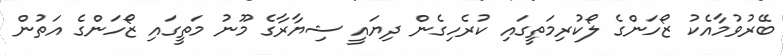
ބޭރުވުމާއެކު ޒޯހަންގެ ލޯކުރިމަތީގައި ކުރެހިގެން ދިޔައީ ޝިޔާރާގެ މޫނު މަތީގައި ޒޯހަންގެ އަތުން